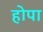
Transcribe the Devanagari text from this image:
होपा